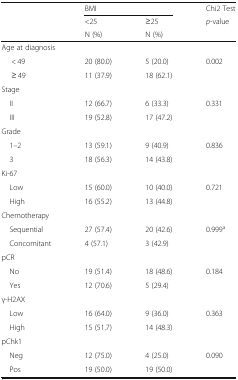
<table><thead><tr><td rowspan="3"></td><td colspan="2"><b>BMI</b></td><td><b>Chi2 Test</b></td></tr><tr><td><b>&lt;25</b></td><td><b>≥25</b></td><td><b><i>p</i>-value</b></td></tr><tr><td><b>N (%)</b></td><td><b>N (%)</b></td><td></td></tr></thead><tbody><tr><td colspan="4">Age at diagnosis</td></tr><tr><td>&lt; 49</td><td>20 (80.0)</td><td>5 (20.0)</td><td>0.002</td></tr><tr><td>≥ 49</td><td>11 (37.9)</td><td>18 (62.1)</td><td></td></tr><tr><td colspan="4">Stage</td></tr><tr><td> II</td><td>12 (66.7)</td><td>6 (33.3)</td><td>0.331</td></tr><tr><td> III</td><td>19 (52.8)</td><td>17 (47.2)</td><td></td></tr><tr><td colspan="4">Grade</td></tr><tr><td> 1–2</td><td>13 (59.1)</td><td>9 (40.9)</td><td>0.836</td></tr><tr><td> 3</td><td>18 (56.3)</td><td>14 (43.8)</td><td></td></tr><tr><td colspan="4">Ki-67</td></tr><tr><td> Low</td><td>15 (60.0)</td><td>10 (40.0)</td><td>0.721</td></tr><tr><td> High</td><td>16 (55.2)</td><td>13 (44.8)</td><td></td></tr><tr><td colspan="4">Chemotherapy</td></tr><tr><td> Sequential</td><td>27 (57.4)</td><td>20 (42.6)</td><td>0.999<sup>a</sup></td></tr><tr><td> Concomitant</td><td>4 (57.1)</td><td>3 (42.9)</td><td></td></tr><tr><td colspan="4">pCR</td></tr><tr><td> No</td><td>19 (51.4)</td><td>18 (48.6)</td><td>0.184</td></tr><tr><td> Yes</td><td>12 (70.6)</td><td>5 (29.4)</td><td></td></tr><tr><td colspan="4">γ-H2AX</td></tr><tr><td> Low</td><td>16 (64.0)</td><td>9 (36.0)</td><td>0.363</td></tr><tr><td> High</td><td>15 (51.7)</td><td>14 (48.3)</td><td></td></tr><tr><td colspan="4">pChk1</td></tr><tr><td> Neg</td><td>12 (75.0)</td><td>4 (25.0)</td><td>0.090</td></tr><tr><td> Pos</td><td>19 (50.0)</td><td>19 (50.0)</td><td></td></tr></tbody></table>